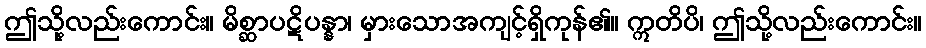
ဤသို့လည်းကောင်း။ မိစ္ဆာပဋိပန္နာ၊ မှားသောအကျင့်ရှိကုန်၏။ ဣတိပိ၊ ဤသို့လည်းကောင်း။